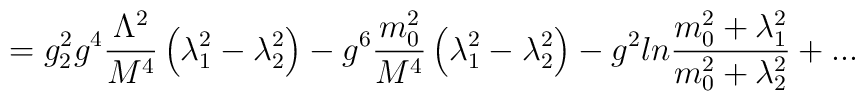
=g_2^2g^4{\Lambda^2\over M^4}\left(\lambda_1^2-\lambda_2^2\right)-g^6{m_0^2\over M^4}\left(\lambda_1^2-\lambda_2^2\right)-g^2ln{m_0^2+\lambda_1^2\over m_0^2+\lambda_2^2}+...